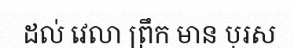
ដល់ វេលា ព្រឹក មាន បុរស